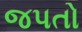
જપતો